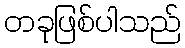
တခုဖြစ်ပါသည်